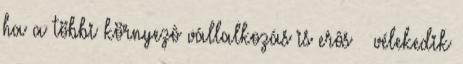
ha a többi környezô vállalkozás is erôs – vélekedik